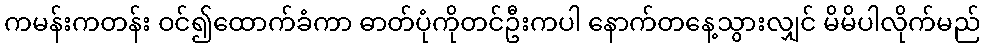
ကမန်းကတန်း ဝင်၍ထောက်ခံကာ ဓာတ်ပုံကိုတင်ဦးကပါ နောက်တနေ့သွားလျှင် မိမိပါလိုက်မည်